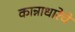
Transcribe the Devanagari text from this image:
कान्नाधारेचे